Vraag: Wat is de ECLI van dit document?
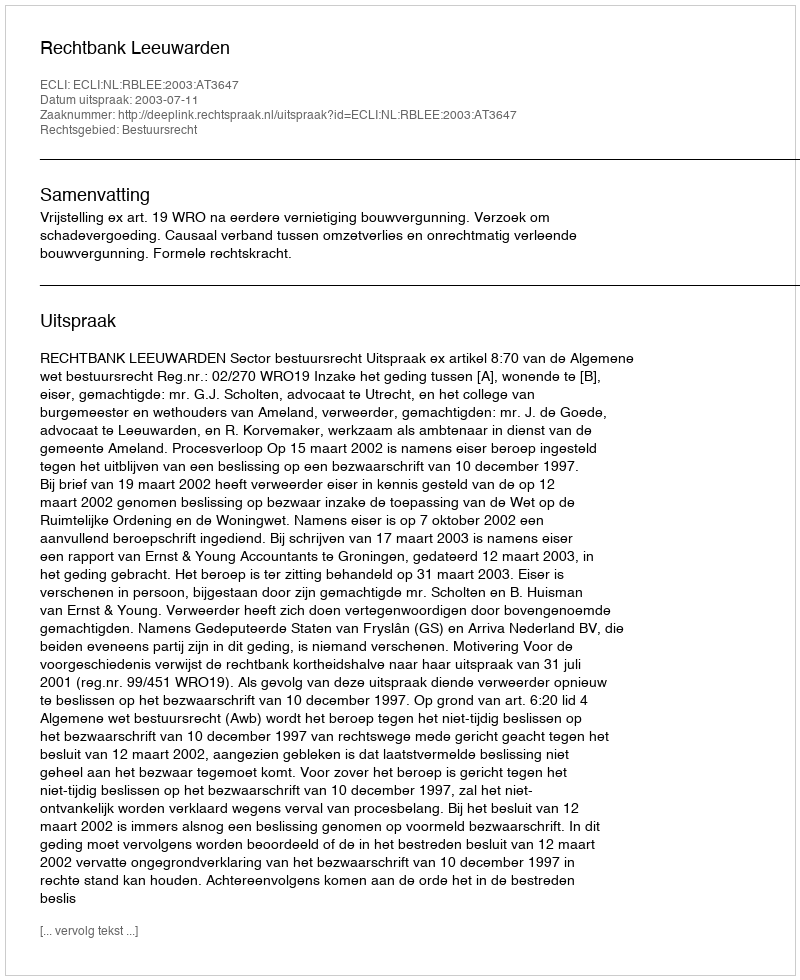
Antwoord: ECLI:NL:RBLEE:2003:AT3647